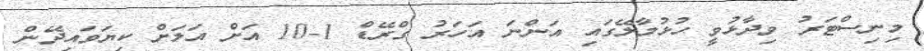
މިނިސްޓަރު ވިދާޅުވީ ހުޅުމާލޭގައި އަންނަ އަހަރު ގްރޭޑް 1-10 އަށް އަލަށް ކިޔަވައިދޭން